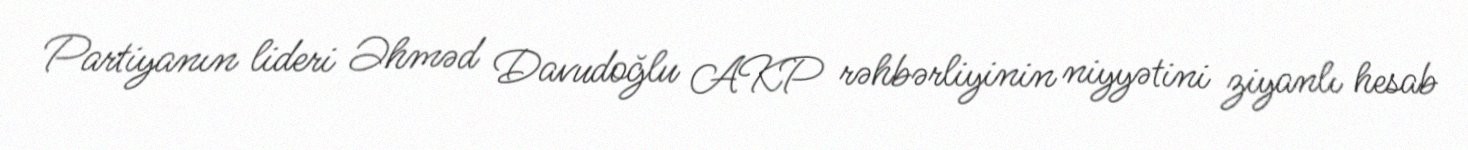
Partiyanın lideri Əhməd Davudoğlu AKP rəhbərliyinin niyyətini ziyanlı hesab